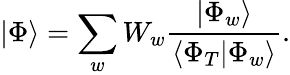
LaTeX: |\Phi\rangle=\sum_{w}W_{w}\frac{|\Phi_{w}\rangle}{\langle\Phi_{T}|\Phi_{w}\rangle}.